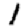
Digit: 1